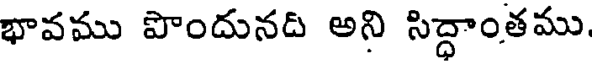
భావము పొందునది అని సిద్ధాంతము